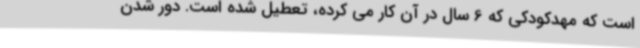
است که مهدکودکی که 6 سال در آن کار می کرده، تعطیل شده است. دور شدن